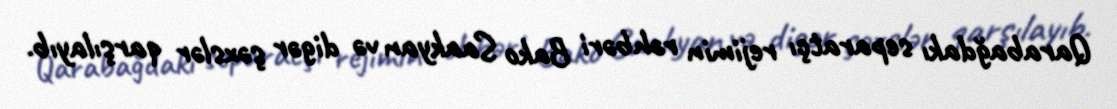
Qarabağdakı separatçı rejimin rəhbəri Bako Saakyan və digər şəxslər qarşılayıb.